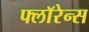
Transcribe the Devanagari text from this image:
फ्लाॅरेन्स